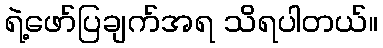
ရဲ့ဖော်ပြချက်အရ သိရပါတယ်။